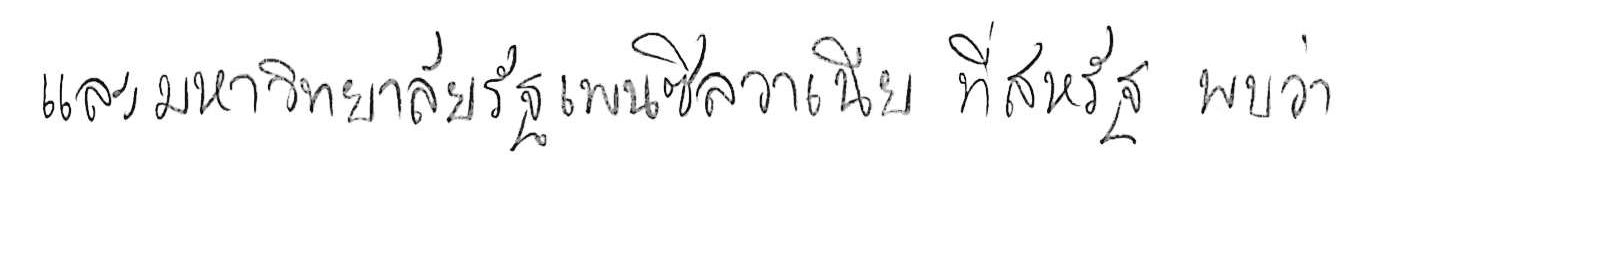
และมหาวิทยาลัยรัฐเพนซิลวาเนีย ที่สหรัฐ พบว่า